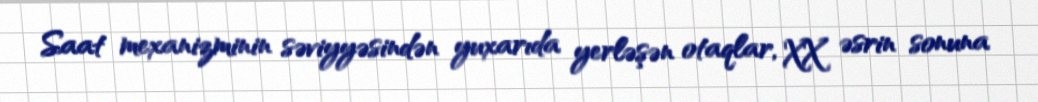
Saat mexanizminin səviyyəsindən yuxarıda yerləşən otaqlar, XX əsrin sonuna